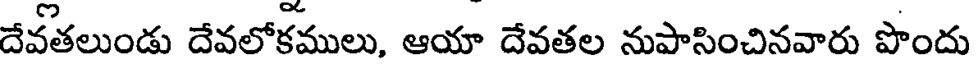
దేవతలుండు దేవలోకములు, ఆయా దేవతల నుపాసించినవారు పొందు